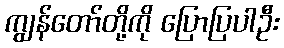
ကျွန်တော်တို့ကို ပြောပြပါဦး